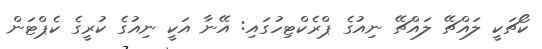
ކޯޗަކީ ލައްޗޭ ލައްޗޭ ނިއުގެ ޕްރެކްޓިހުގައި: އޭނާ އަކީ ނިއުގެ ކުރީގެ ކެޕްޓަން